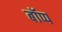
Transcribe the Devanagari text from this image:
बॉप्प